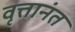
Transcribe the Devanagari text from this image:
वृत्तानंत